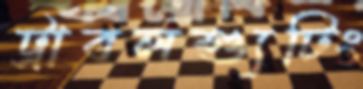
ট্রাবলশ্যুটিং